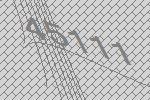
45111